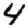
Digit: 4